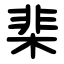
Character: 棐